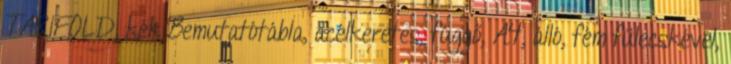
TARIFOLD, kék Bemutatótábla, acélkeretes, függő, A4, álló, fém fülecskével,